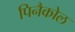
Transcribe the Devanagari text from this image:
पिनैकोल